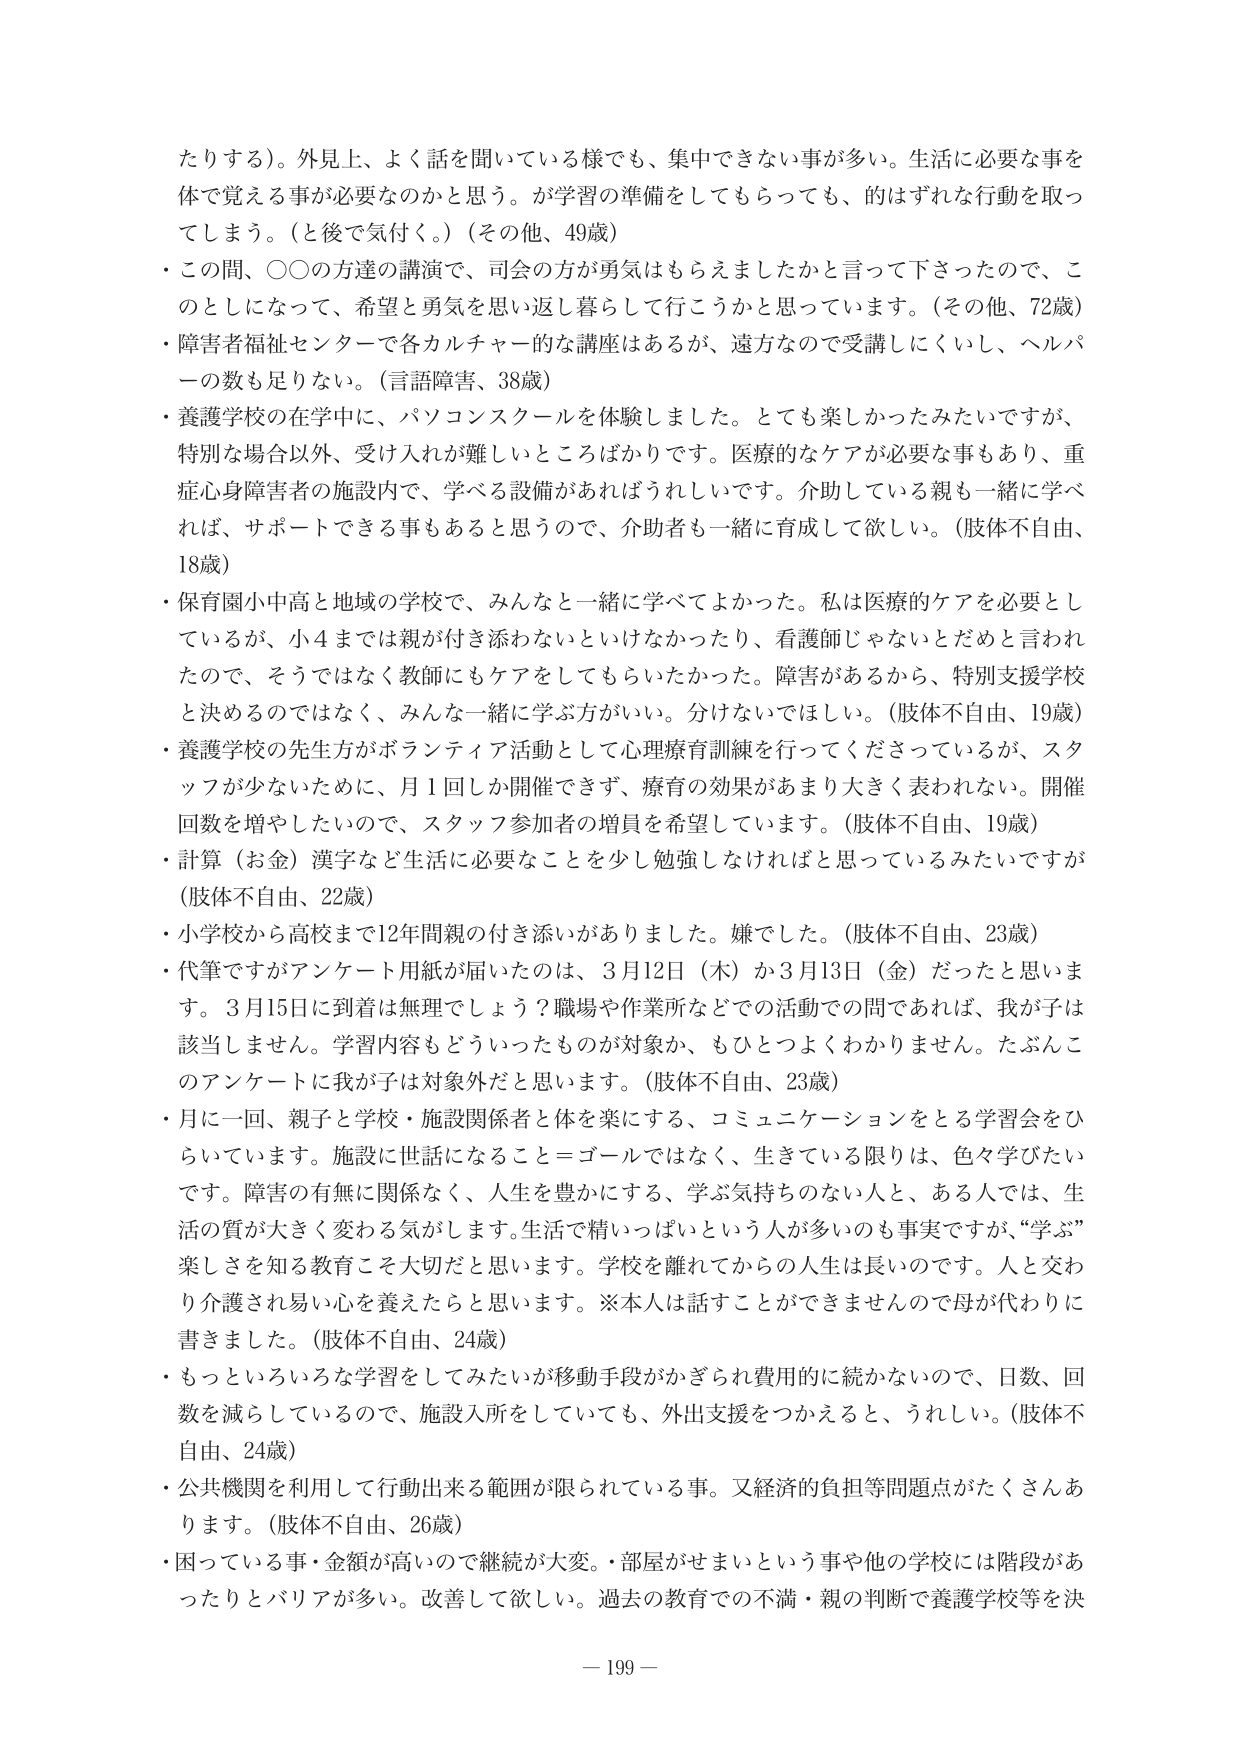
たりする）。外見上、よく話を聞いている様でも、集中できない事が多 い。生活に必要な事を体で覚える事が必要なのかと思う。が学習の準備をしてもらっ ても、的はずれな行動を取ってしまう。（と後で気付く。）（その他、49歳）
・この間、○○の方達の講演で、司会の方が勇気はもらえましたかと言って下さったので、このとしになって、希望と勇気を思い返し暮らして行こうかと思っています。（その他、72歳）
・障害者福祉センターで各カルチャー的な講座はあるが、遠方なので受講しにくいし、ヘルパーの数も足りない。（言語障害、38歳）
・養護学校の在学中に、パソコンスクールを体験しました。とても楽しかったみたいですが、特別な場合以外、受け入れが難しいところばかりです。医療的なケアが必要な事もあり、重症心身障害者の施設内で、学べる設備があればうれしいです。介助している親も一緒に学べれば、サポートできる事もあると思うので、介助者も一緒に育成して欲しい。（肢体不自由、18歳）
・保育園小中高と地域の学校で、みんなと一緒に学べてよかった。私は医療的ケアを必要としているが、小4までは親が付き添わないといけなかったり、看護師じゃないとだめと言われたので、そうではなく教師にもケアをしてもらいたかった。障害があるから、特別支援学校と決めるのではなく、みんな一緒に学ぶ方がいい。分けないでほしい。（肢体不自由、19歳）
・養護学校の先生方がボランティア活動として心理療育訓練を行ってくださっているが、スタッフが少ないために、月1回しか開催できず、療育の効果があまり大きく表われない。開催回数を増やしたいので、スタッフ参加者の増員を希望しています。（肢体不自由、19歳）
・計算（お金）漢字など生活に必要なことを少し勉強しなければと思っているみたいですが（肢体不自由、22歳）
・小学校から高校まで12年間親の付き添いがありました。嫌でした。（肢体不自由、23歳）
・代筆ですがアンケート用紙が届いたのは、3月12日（木）か3月13日（金）だったと思います。3月15日に到着は無理でしょう？職場や作業所などでの活動での問であれば、我が子は該当しません。学習内容もどういったものが対象か、もひとつよくわかりません。たぶんこのアンケートに我が子は対象外だと思います。（肢体不自由、23歳）
・月に一回、親子と学校・施設関係者と体を楽にする、コミュニケーションをとる学習会をひらいています。施設に世話になること＝ゴールではなく、生きている限りは、色々学びたいです。障害の有無に関係なく、人生を豊かにする、学ぶ気持ちのない人と、ある人では、生活の質が大きく変わる気がします。生活で精いっぱいという人が多いのも事実ですが、“学ぶ”楽しさを知る教育こそ大切だと思います。学校を離れてからの人生は長いのです。人と交わり介護され易い心を養えたらと思います。※本人は話すことができませんので母が代わりに書きました。（肢体不自由、24歳）
・もっといろいろな学習をしてみたいが移動手段がかざられ費用的に続かないの で、日数、回数を減らしているので、施設入所をしていても、外出支援をつかえると、うれしい。（肢体不自由、24歳）
・公共機関を利用して行動出来る範囲が限られている事。又経済的負担等問題点がたくさんあります。（肢体不自由、26歳）
・困っている事・金額が高いので継続が大変。・部屋がせまいという事や他の学校には階段があったりとバリアが多い。改善して欲しい。過去の教育での不満・親の判断で養護学校等を決
－ 199 －